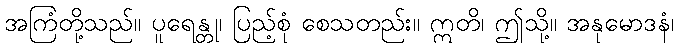
အကြံတို့သည်။ ပူရေန္တု၊ ပြည့်စုံ စေသတည်း။ ဣတိ၊ ဤသို့။ အနုမောဒနံ၊